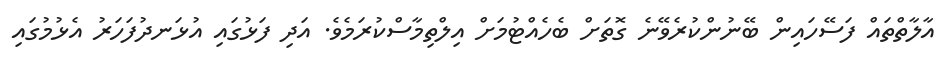
އާލާތްތައް ފަސޭހައިން ބޭނުންކުރެވޭނެ ގޮތަށް ބެހެއްޓުމަށް އިލްތިމާސްކުރަމެވެ. އަދި ފަޅުގައި އުޅަނދުފަހަރު އެޅުމުގައި